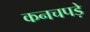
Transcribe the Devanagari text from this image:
कनचपड़े